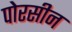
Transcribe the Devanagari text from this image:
पोरसीन